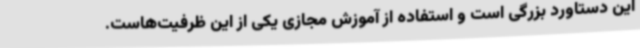
این دستاورد بزرگی است و استفاده از آموزش مجازی یکی از این ظرفیت‌هاست.